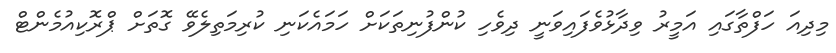
މިދިއަ ހަފްތާގައި އަމީރު ވިދާޅުވެފައިވަނީ ދިވެހި ކުންފުނިތަކަށް ހަމައެކަނި ކުރިމަތިލެވޭ ގޮތަށް ޕްރޮކިއުމެންޓް